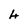
Character: 4